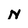
Character: N